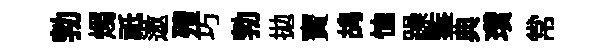
勃燭祇遨殪巧勃拋寳鸪恤躁鍳典瓚常